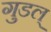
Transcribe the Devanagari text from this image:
गुडल्